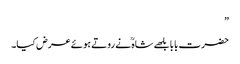
”
حضرت بابا بلھے شاہ ؒ نے روتے ہوئے عرض کیا۔